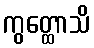
ကွတ္ထောသိ